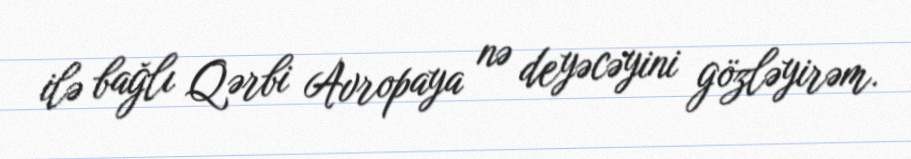
ilə bağlı Qərbi Avropaya nə deyəcəyini gözləyirəm.